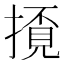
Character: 𢴓